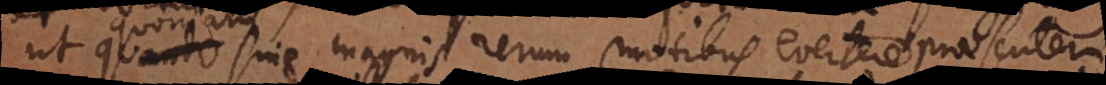
ut quando sine magnis rerum motibus evertere praesentem